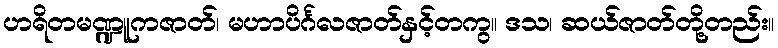
ဟရိတမဏ္ဍူကဇာတ်၊ မဟာပိင်္ဂလဇာတ်နှင့်တကွ။ ဒသ၊ ဆယ်ဇာတ်တို့တည်း။